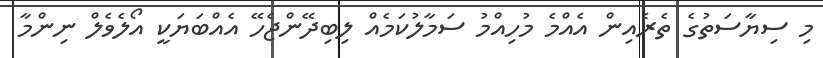
މި ސިޔާސަތުގެ ތެރެއިން އެއްމެ މުހިއްމު ސަމާލުކަމެއް ލިބިދޭންޖެހޭ އެއްބަޔަކީ އޯލެވެލް ނިންމާ